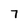
Character: 7